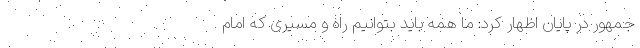
جمهور در پایان اظهار کرد: ما همه باید بتوانیم راه و مسیری که امام